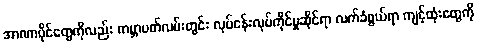
အာဏာပိုင်တွေကိုလည်း ကမ္ဘာပတ်လမ်းတွင်း လုပ်ငန်းလုပ်ကိုင်မှုဆိုင်ရာ လက်ခံဖွယ်ရာ ကျင့်ထုံးတွေကို